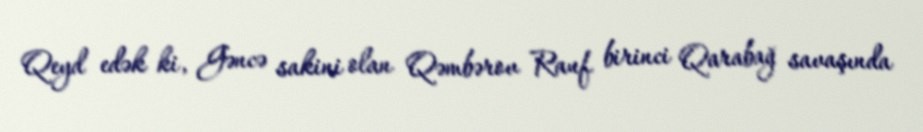
Qeyd edək ki, Gəncə sakini olan Qəmbərov Rauf birinci Qarabağ savaşında